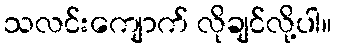
သလင်းကျောက် လိုချင်လို့ပါ။